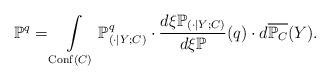
LaTeX: \begin{align*}\mathbb{P}^q= \int\limits_{\mathrm{Conf}(C)} \mathbb{P}_{(\cdot|Y;C)}^q \cdot \frac{d\xi\mathbb{P}_{(\cdot|Y;C)}}{d\xi\mathbb{P}}(q) \cdot d\overline{\mathbb{P}_C}(Y).\end{align*}